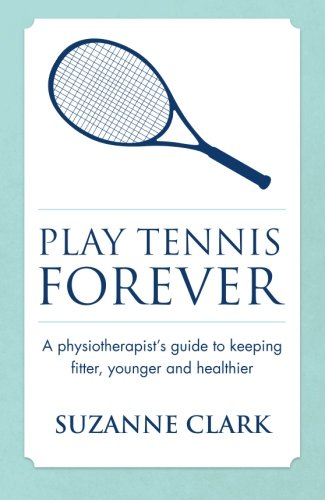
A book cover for Play Tennis Forever: A Physiotherapist's Guide To Keeping Fitter, Younger And Healthier; Suzanne Clark; Sports & Outdoors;